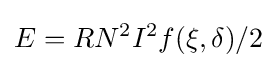
E=RN^{2}I^{2}f(\xi ,\delta )/2